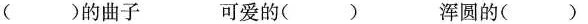
（ ）的曲子 可爱的（ ）浑圆的（ ）